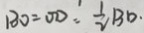
B O = O D = \frac { 1 } { 2 } B D .